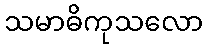
သမာဓိကုသလော